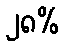
၂၈%